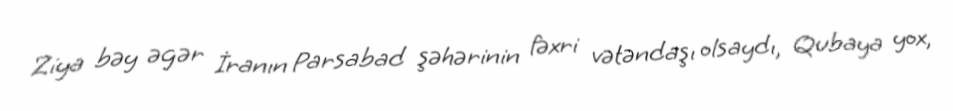
Ziya bəy əgər İranın Parsabad şəhərinin fəxri vətəndaşı olsaydı, Qubaya yox,